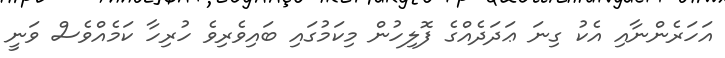
އަހަރެންނާއި އެކު ގިނަ ޢަދަދެއްގެ ފޮލިހުން މިކަމުގައި ބައިވެރިވެ ހުރިހާ ކަމެއްވެސް ވަނީ